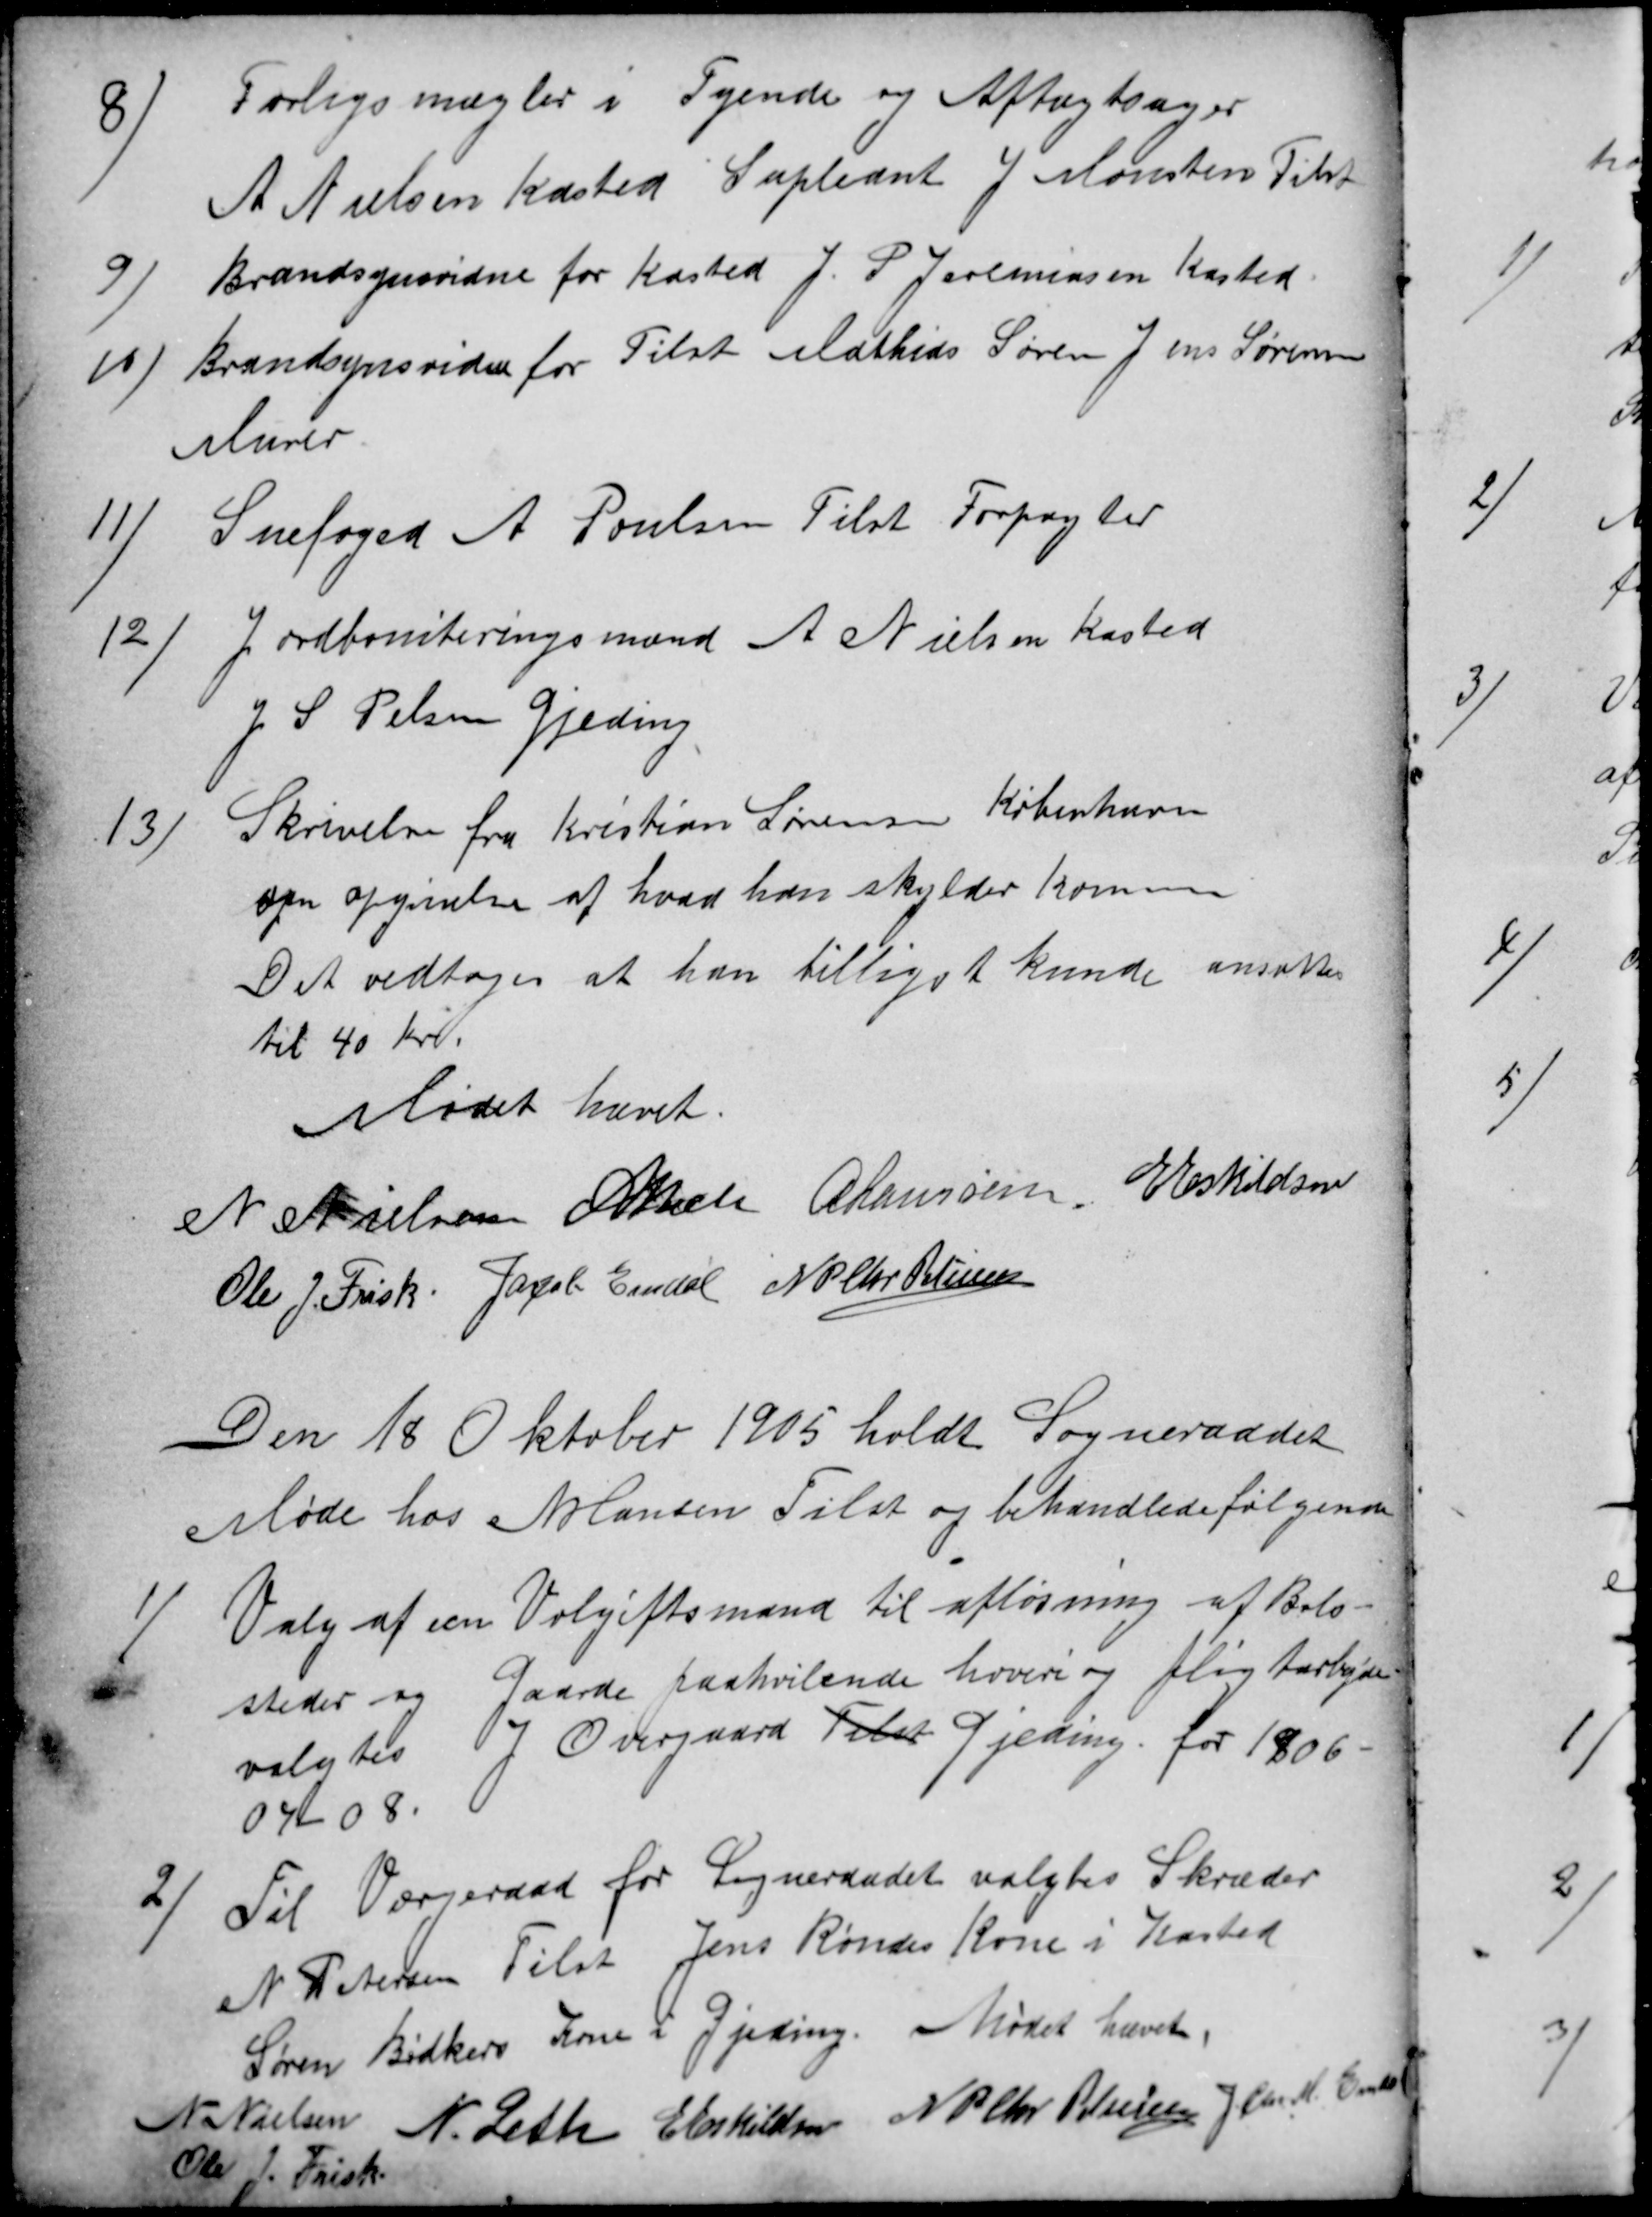
Transskription:
8)
Forligsmægler i Tyende og Aftægtsager
A Nielsen Kasted Supleant J. Mousten Tilst
9
Brandsynsvidne for Kasted J. P Jeremiasen Kasted.
10)
Brandsynsvidne for Tilst Mathias Søren Jens Sørensen
Murer
11)
Snefoged A Poulsen Tilst Forpagter
12)
Jordboniteringsmænd A Nielsen Kasted
J S Pelsen Gjeding.
13)
Skrivelse fra Kristian Sørensen København
om opgivelse af hvad han skylder komunen
Det vedtoges at han billigst kunde ansættes
til 40 Kr.
Mødet hævet.
N Nielsen A Beck A Laursen. E Eskildsen
Ole J. Frisk Jacob Emdal N P Chr Petersen
Den 18 Oktober 1905 holdt Sogneraadet
Møde hos N Hansen Tilst og behandlede følgende
1)
Valg af en Volgiftsmand til afløsning af Bols-
steder og Gaarde paahvilende hoveri og pligtarbejde
valgtes J. Overgaard Tilst Gjeding for 1806-
07-08.
2)
Til Værgeraad for Sogneraadet valgtes Skræder
N Petersen Tilst Jens Røndes Kone i Kasted
Søren Bødkers Kone i Gjeding. Mødet hævet.
N Nielsen N. Leth E Eskildsen N P Chr Petersen J Chr M. Emdal
Ole J. Frisk